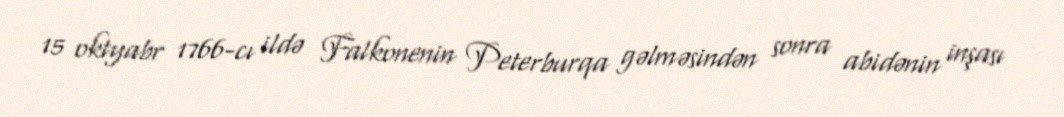
15 oktyabr 1766-cı ildə Falkonenin Peterburqa gəlməsindən sonra abidənin inşası